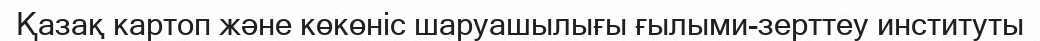
Қазақ картоп және көкөніс шаруашылығы ғылыми-зерттеу институты